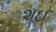
શૂઈ